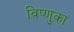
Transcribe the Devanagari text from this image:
विष्णुका